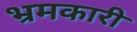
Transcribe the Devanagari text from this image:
भ्रमकारी